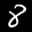
Label: 8